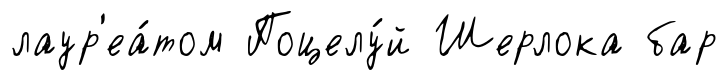
лаур'еа́том Поцелу́й Шерлока бар